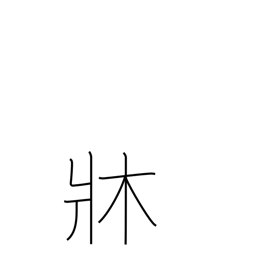
Meaning: chassis